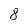
Character: 8